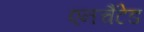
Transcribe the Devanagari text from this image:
एनचैंटेड